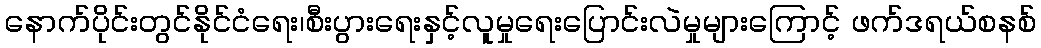
နောက်ပိုင်းတွင်နိုင်ငံရေး၊စီးပွားရေးနှင့်လူမှုရေးပြောင်းလဲမှုများကြောင့် ဖက်ဒရယ်စနစ်